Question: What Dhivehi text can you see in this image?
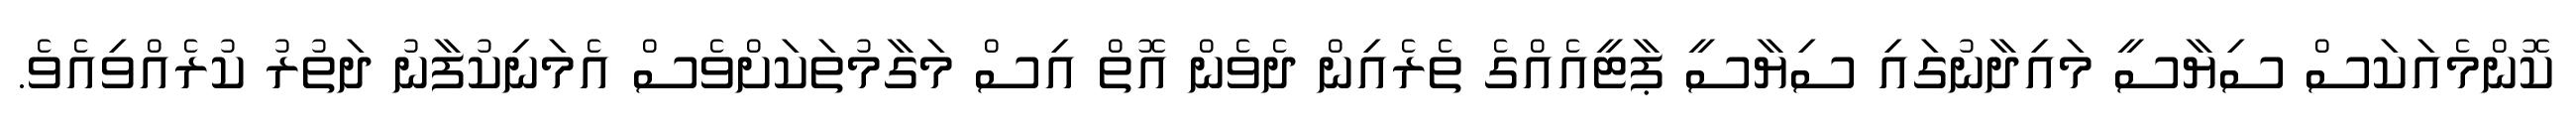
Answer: ކޮންމެއަކަސް ސިޔާސީ މައިދާނުގައި ސިޔާސީ ޕާޓީއެއްގެ ތެރެއިން ދެވެން އޮތް އިސް މަގާމުތަކަށްވެސް އެމަނިކުފާނު ދަތުރު ކުރެއްވިއެވެ.